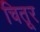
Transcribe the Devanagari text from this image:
चितूर